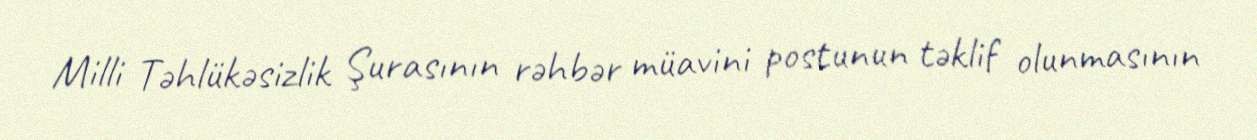
Milli Təhlükəsizlik Şurasının rəhbər müavini postunun təklif olunmasının